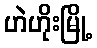
ဟဲဟိုးမြို့